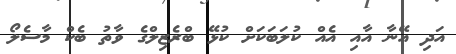
އަދި އޭނާ އާއި އެއް ކުލަބަކަށް ކުޅޭ ބްރެޒިލްގެ ވާތު ބެކް މާސެލޯ